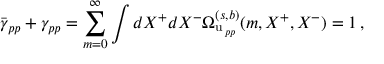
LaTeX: \bar { \gamma } _ { p p } + \gamma _ { p p } = \sum _ { m = 0 } ^ { \infty } \int d X ^ { + } d X ^ { - } \Omega _ { \mathrm { u } \, _ { p p } } ^ { ( s , b ) } ( m , X ^ { + } , X ^ { - } ) = 1 \, ,